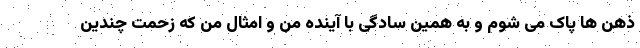
ذهن ها پاک می شوم و به همین سادگی با آینده من و امثال من که زحمت چندین